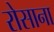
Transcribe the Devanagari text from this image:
रोसाना